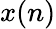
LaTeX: x(n)